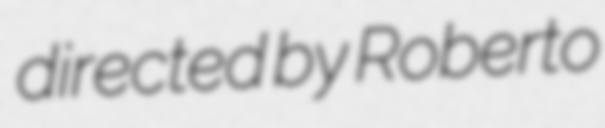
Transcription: directed by Roberto